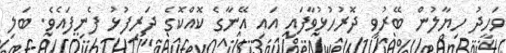
ވަހީދު ހިޔާލުން ބޭރުވީ ދޮރުހުޅުވާފައި އައި އޭނާގެ ކޮއްކޮގެ ދަރިފުޅު ފެނިފައެވެ. ބަލި